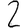
Digit: 2